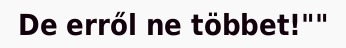
De erről ne többet!""